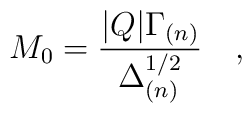
M_0=\frac{|Q|\Gamma_{(n)}}{\Delta^{1/2}_{(n)}}\quad ,